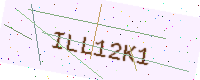
Text: ILL12K1